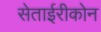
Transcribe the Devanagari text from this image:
सेताईरीकोन